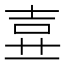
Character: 𡔦